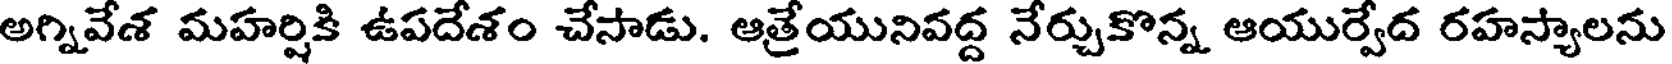
అగ్నివేశ మహర్షికి ఉపదేశం చేసాడు. ఆత్రేయునివద్ద నేర్చుకొన్న ఆయుర్వేద రహస్యాలను